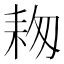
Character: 𦓭